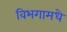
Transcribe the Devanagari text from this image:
विभगामधे